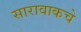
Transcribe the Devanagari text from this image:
सारावाकचे